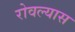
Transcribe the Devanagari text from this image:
रोवल्यास